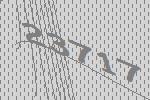
23717